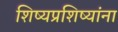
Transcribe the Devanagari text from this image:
शिष्यप्रशिष्यांना